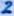
Text: 2